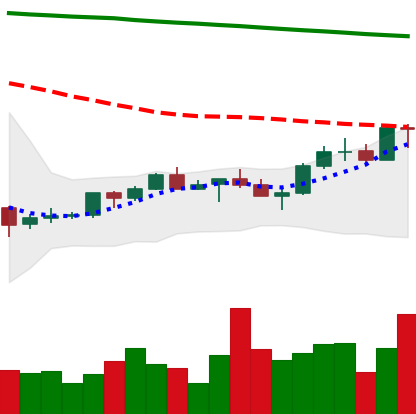
Ticker: XMR-USD
Chart end date: 2022-07-19
Forward return: 3.049%
Label: up_3_5